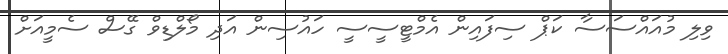
ވިލި މުއައްސަސާ ކަޕް ސިފައިން އެމްޓީސީސީ ހައުސިން އަދި މޯލްޑިވް ގޭސް ސެމީއަށް